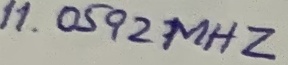
Text: 11.0592MHZ